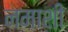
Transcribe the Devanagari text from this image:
नमाशी